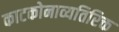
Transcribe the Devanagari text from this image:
काटकोनाव्यतिरिक्त